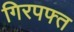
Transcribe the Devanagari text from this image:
गिरपफ्त